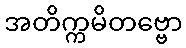
အတိက္ကမိတဗ္ဗော